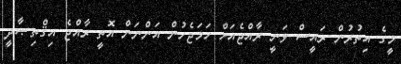
މީގެ އިތުރުން ރައީސް ވަނީ ރާއްޖެއަށް ހަމަޖެހުން އަންނަން އޮތީ ރާއްޖެ އިޤްތިޞާދީ